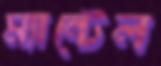
ম্যান্টেল